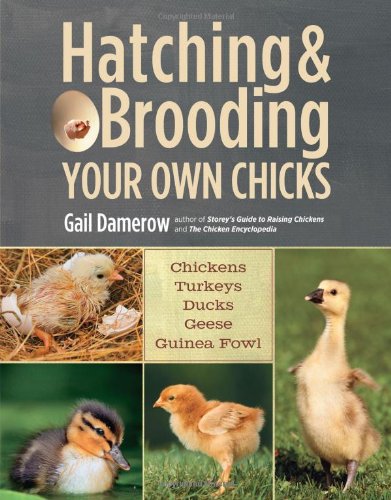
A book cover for Hatching & Brooding Your Own Chicks: Chickens, Turkeys, Ducks, Geese, Guinea Fowl; Gail Damerow; Science & Math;